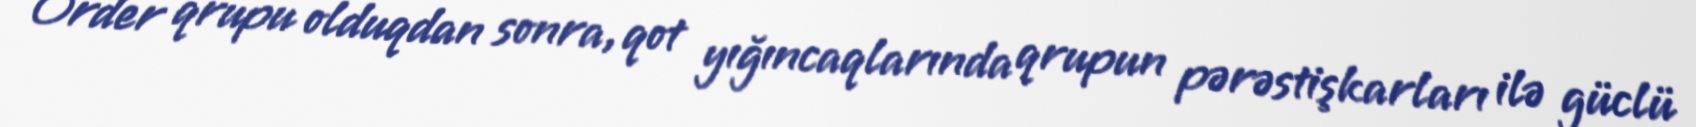
Order qrupu olduqdan sonra, qot yığıncaqlarında qrupun pərəstişkarları ilə güclü